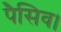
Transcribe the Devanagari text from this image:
पैसिव।